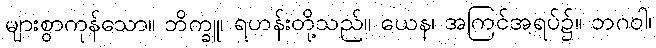
များစွာကုန်သော။ ဘိက္ခူ၊ ရဟန်းတို့သည်။ ယေန၊ အကြင်အရပ်၌။ ဘဂဝါ၊